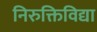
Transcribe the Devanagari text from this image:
निरुक्तिविद्या